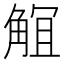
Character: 𧣬